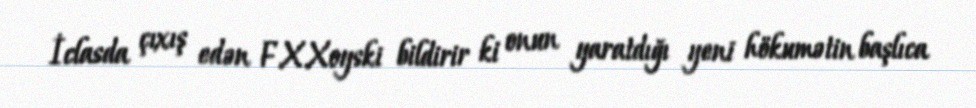
İclasda çıxış edən F.X.Xoyski bildirir ki onun yaratdığı yeni hökumətin başlıca